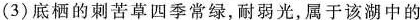
(3)底栖的刺苦草四季常绿，耐弱光，属于该湖中的